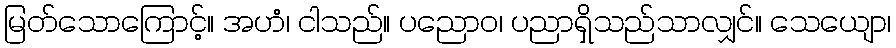
မြတ်သောကြောင့်။ အဟံ၊ ငါသည်။ ပညောဝ၊ ပညာရှိသည်သာလျှင်။ သေယျော၊